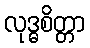
လုဒ္ဓစိတ္တာ